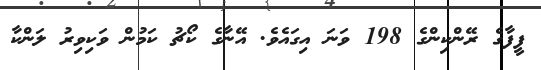
ފީފާގެ ރޭންކިންގެ 198 ވަނަ އިގައެވެ. އޭނާގެ ކޯޗު ކަމުން ވަކިވިރު ލަންކާ